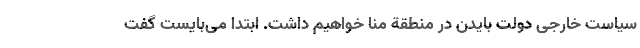
سیاست خارجی دولت بایدن در منطقة منا خواهیم داشت. ابتدا می‌­بایست گفت